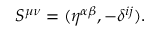
S ^ { \mu \nu } = ( \eta ^ { \alpha \beta } , - \delta ^ { i j } ) .